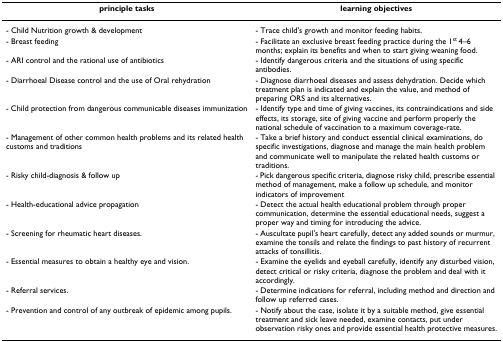
<table><thead><tr><td><b>principle tasks</b></td><td><b>learning objectives</b></td></tr></thead><tbody><tr><td>- Child Nutrition growth &amp; development</td><td>- Trace child&#x27;s growth and monitor feeding habits.</td></tr><tr><td>- Breast feeding</td><td>- Facilitate an exclusive breast feeding practice during the 1<sup>st </sup>4–6 months; explain its benefits and when to start giving weaning food.</td></tr><tr><td>- ARI control and the rational use of antibiotics</td><td>- Identify dangerous criteria and the situations of using specific antibodies.</td></tr><tr><td>- Diarrhoeal Disease control and the use of Oral rehydration</td><td>- Diagnose diarrhoeal diseases and assess dehydration. Decide which treatment plan is indicated and explain the value, and method of preparing ORS and its alternatives.</td></tr><tr><td>- Child protection from dangerous communicable diseases immunization</td><td>- Identify type and time of giving vaccines, its contraindications and side effects, its storage, site of giving vaccine and perform properly the national schedule of vaccination to a maximum coverage-rate.</td></tr><tr><td>- Management of other common health problems and its related health customs and traditions</td><td>- Take a brief history and conduct essential clinical examinations, do specific investigations, diagnose and manage the main health problem and communicate well to manipulate the related health customs or traditions.</td></tr><tr><td>- Risky child-diagnosis &amp; follow up</td><td>- Pick dangerous specific criteria, diagnose risky child, prescribe essential method of management, make a follow up schedule, and monitor indicators of improvement</td></tr><tr><td>- Health-educational advice propagation</td><td>- Detect the actual health educational problem through proper communication, determine the essential educational needs, suggest a proper way and timing for introducing the advice.</td></tr><tr><td>- Screening for rheumatic heart diseases.</td><td>- Auscultate pupil&#x27;s heart carefully, detect any added sounds or murmur, examine the tonsils and relate the findings to past history of recurrent attacks of tonsillitis.</td></tr><tr><td>- Essential measures to obtain a healthy eye and vision.</td><td>- Examine the eyelids and eyeball carefully, identify any disturbed vision, detect critical or risky criteria, diagnose the problem and deal with it accordingly.</td></tr><tr><td>- Referral services.</td><td>- Determine indications for referral, including method and direction and follow up referred cases.</td></tr><tr><td>- Prevention and control of any outbreak of epidemic among pupils.</td><td>- Notify about the case, isolate it by a suitable method, give essential treatment and sick leave needed, examine contacts, put under observation risky ones and provide essential health protective measures.</td></tr></tbody></table>